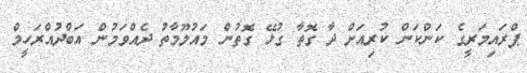
ޕްރައިމަރީގެ ކަންކަން ކުރިއަށް ދާ ގޮތާ ގުޅޭ ގޮތުން މައުލޫމާތު ދެއްވަމުން އަބްދުއްރަހީމް